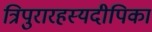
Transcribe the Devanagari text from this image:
त्रिपुरारहस्यदीपिका